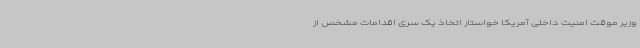
وزیر موقت امنیت داخلی آمریکا خواستار اتخاذ یک سری اقدامات مشخص از